Maali_päevik, lk 158
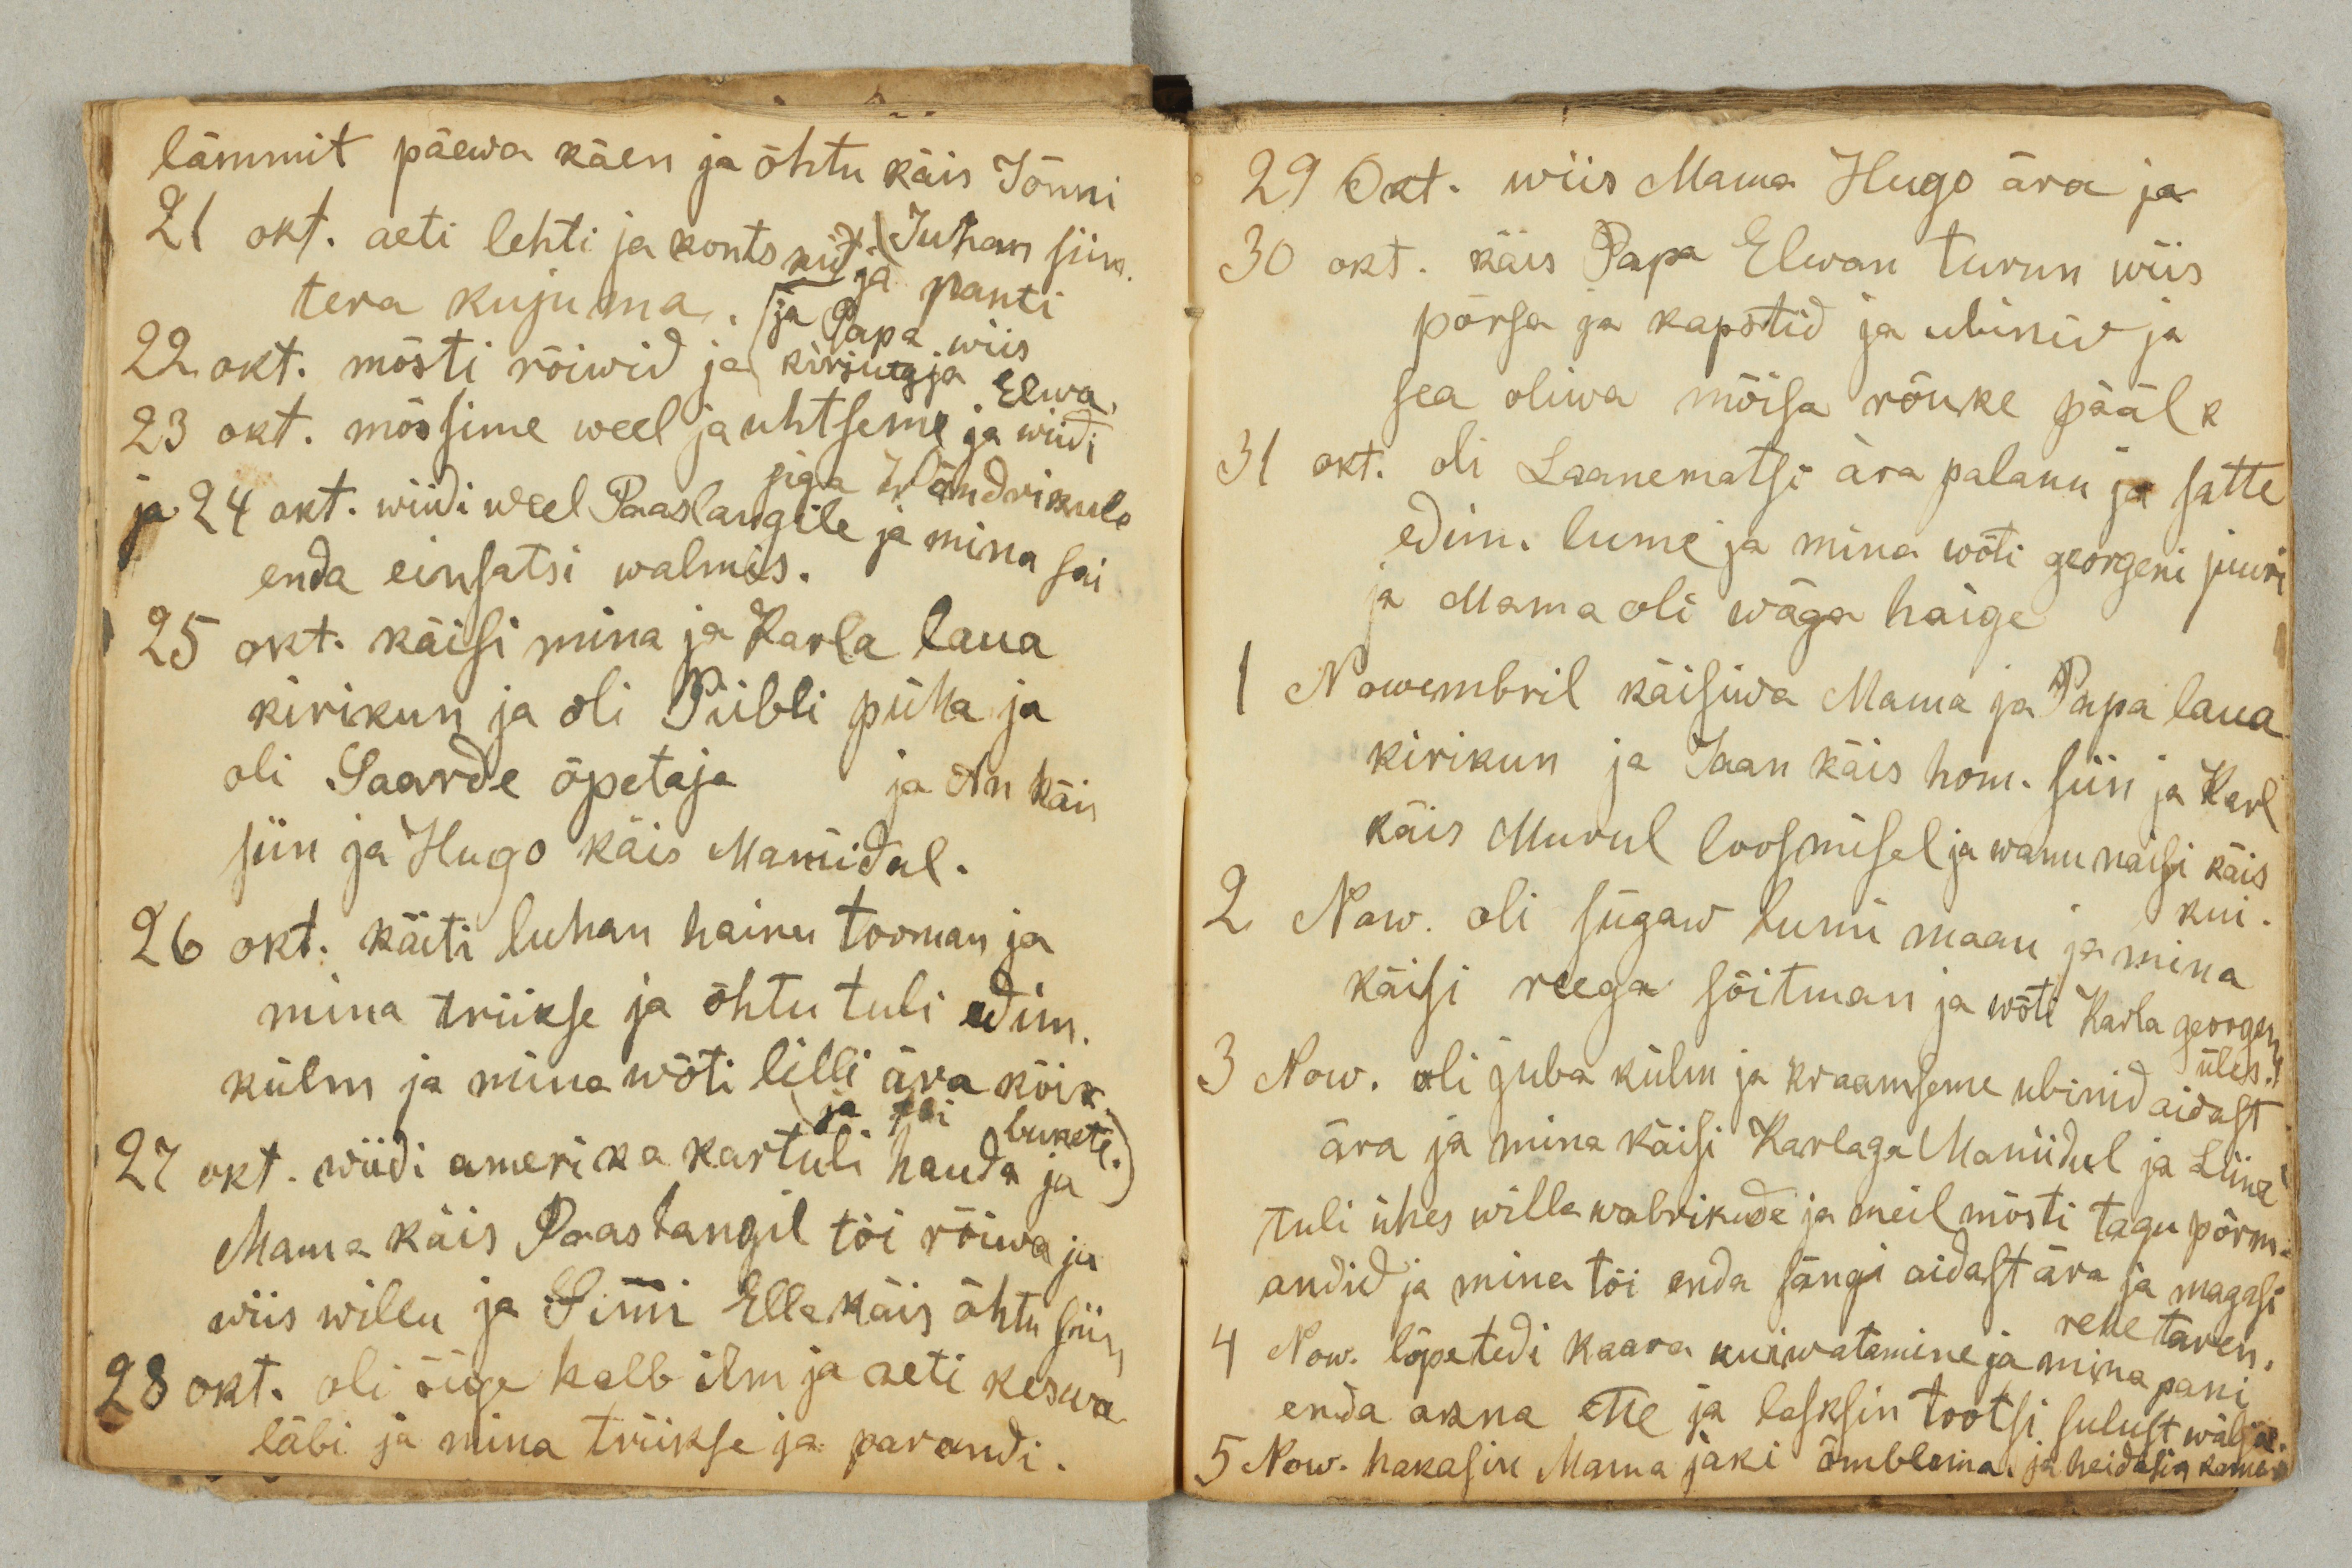
lämmit päewa käen ja õhtu käis Jõnni
Juhan siin.
21 okt. aeti lehti ja kontskit
ja panti
tera kujuma.
ja Papa wiis
22 okt. mõsti rõiwid ja kirjutaja
Elwa.
23 okt. mõssime weel ja uhtseme ja wiidi
siga Wändrikule
ja 24 okt. wiidi weel Paaslangile ja mina sai
enda einsatsi walmis.
25 okt. käisi mina ja Karla laua
kirikun ja oli Piibli püha ja
oli Saarde õpetaja ja An käis
siin ja Hugo käis Maniidul.
26 okt. käiti luhan hainu tooman ja
mina triikse ja õhtu tuli edim.
külm ja mina wõti lilli ära kõik
ja sai bukete.
27 okt. wiidi amerika kartuli hauda ja
Mama käis Paaslangil tõi rõiwa ja
wiis willu ja Simi Ella käis õhtu siin
28 okt. oli ööse halb ilm ja aeti keswa
läbi ja mina triikse ja parandi.

29 okt. wiis Mama Hugo ära ja
30 okt. käis Papa Elwan turun wiis
põrsa ja kapstid ja ubinid ja
sea oliwa mõisa rõuke pääl k
31 okt. oli Laanematsi ära palanu ja satte
edim. lume ja mina wõti georgeni juuri
ja Mama oli wäga haige
1 Nowembril käisiwa Mama ja Papa laua
kirikun ja Jaan käis hom. siin ja Karl
käis Murul loosmisel ja wanu naisi käis
kui.
2 Now. oli sügaw lumi maan ja mina
käisi reega sõitman ja wõti Karla georgeni
üles.
3 Now. oli juba külm ja kraamseme ubinid aidast
ära ja mina käisi Karlaga Maniidul ja Liine
tuli ühes willa wabrikude ja meil mõsti tagu põrm-
andid ja mina tõi enda sängi aidast ära ja magasi
rehe taren.
4 Now. lõpetedi kaara kuiwatamine ja mina pani
enda akna ette ja lasksin tootsi sulust wälja.
5 Now. hakasin Mama jaki õmblema ja heidasin kam